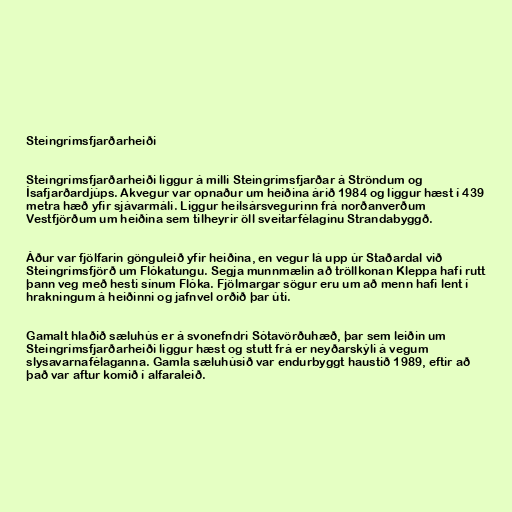
Steingrímsfjarðarheiði

Steingrímsfjarðarheiði liggur á milli Steingrímsfjarðar á Ströndum og
Ísafjarðardjúps. Akvegur var opnaður um heiðina árið 1984 og liggur hæst í 439
metra hæð yfir sjávarmáli. Liggur heilsársvegurinn frá norðanverðum
Vestfjörðum um heiðina sem tilheyrir öll sveitarfélaginu Strandabyggð.

Áður var fjölfarin gönguleið yfir heiðina, en vegur lá upp úr Staðardal við
Steingrímsfjörð um Flókatungu. Segja munnmælin að tröllkonan Kleppa hafi rutt
þann veg með hesti sínum Flóka. Fjölmargar sögur eru um að menn hafi lent í
hrakningum á heiðinni og jafnvel orðið þar úti.

Gamalt hlaðið sæluhús er á svonefndri Sótavörðuhæð, þar sem leiðin um
Steingrímsfjarðarheiði liggur hæst og stutt frá er neyðarskýli á vegum
slysavarnafélaganna. Gamla sæluhúsið var endurbyggt haustið 1989, eftir að
það var aftur komið í alfaraleið.